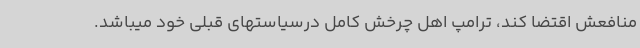
منافعش اقتضا کند، ترامپ اهل چرخش کامل درسیاستهای قبلی خود میباشد.